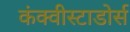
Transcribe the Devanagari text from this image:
कंक्वीस्टाडोर्स